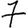
Digit: 7